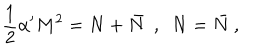
\frac { 1 } { 2 } \alpha ^ { \prime } M ^ { 2 } = N + \bar { N } \ \ , \ \ N = \bar { N } \ ,